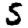
Digit: 5